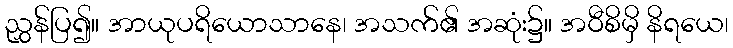
ညွှန်ပြ၍။ အာယုပရိယောသာနေ၊ အသက်၏ အဆုံး၌။ အဝီစိမှိ နိရယေ၊